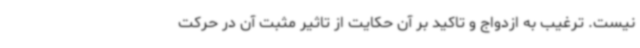
نیست. ترغیب به ازدواج و تاکید بر آن حکایت از تاثیر مثبت آن در حرکت